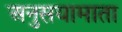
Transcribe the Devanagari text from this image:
अनुसयामाता